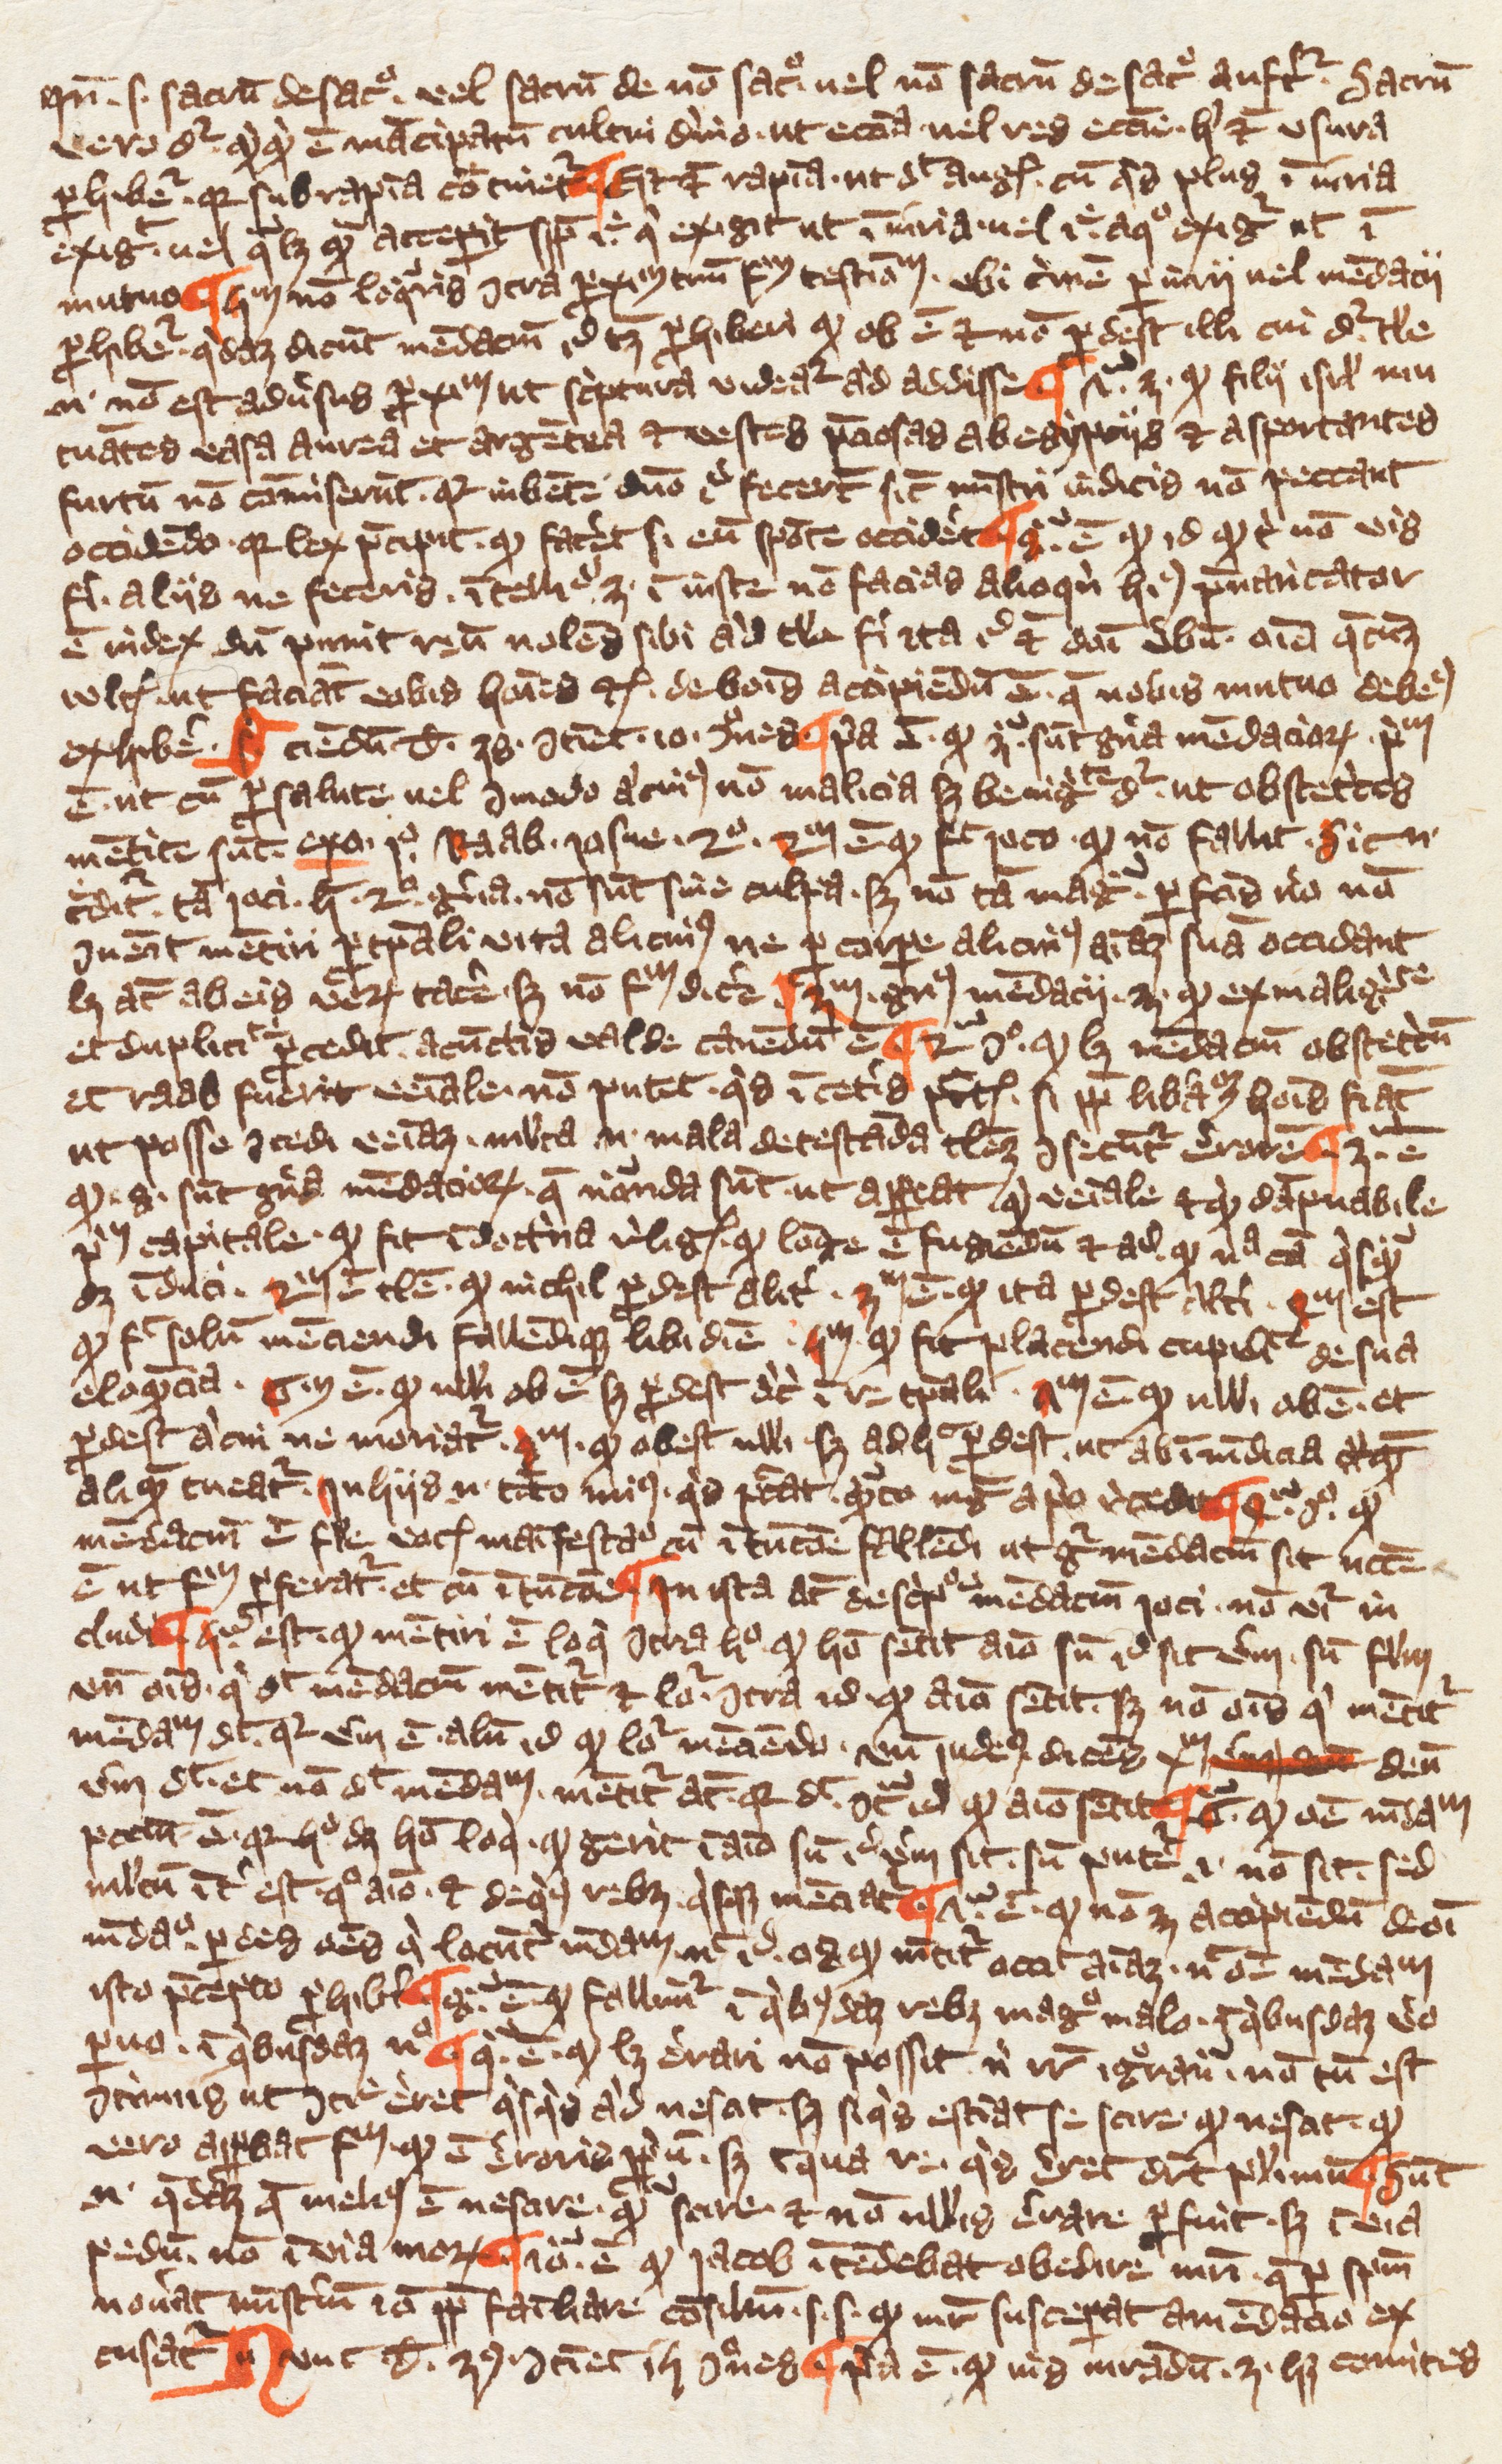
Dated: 1349–1364